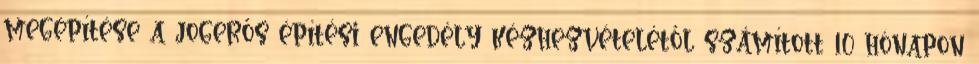
megépítése a jogerős építési engedély kézhezvételétől számított 10 hónapon